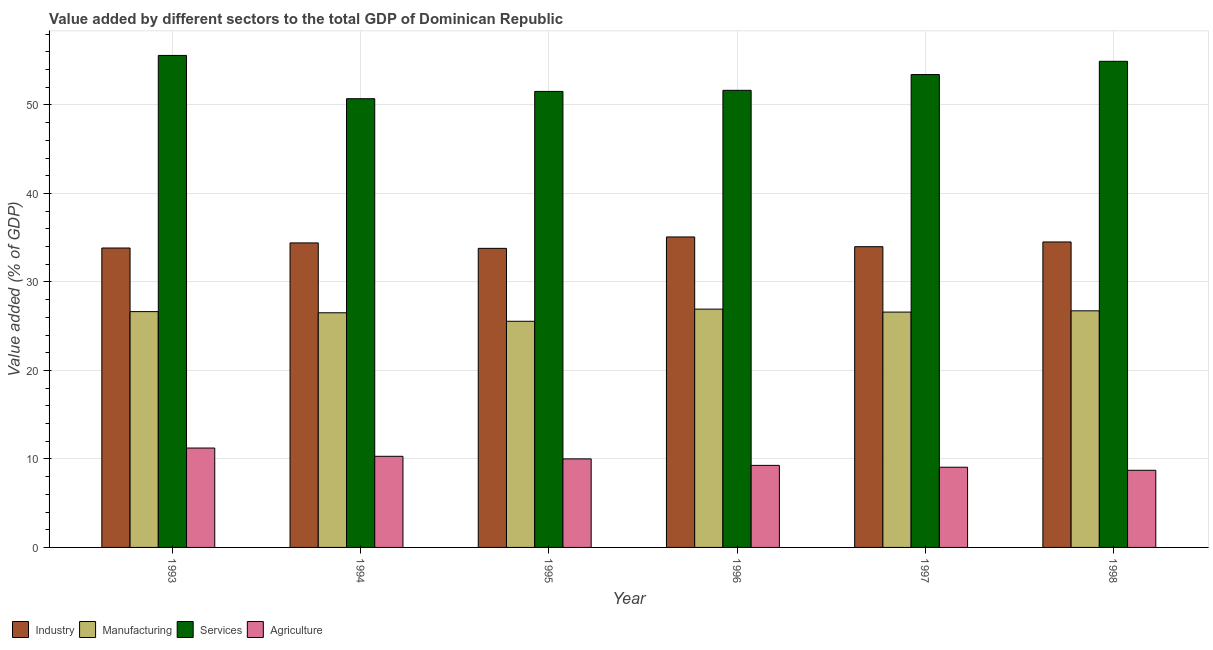
| Year | Industry | Manufacturing | Services | Agriculture |
 | --- | --- | --- | --- | --- |
 | 1993 | 33.8 | 26.6 | 55.6 | 11.2 |
 | 1994 | 34.4 | 26.5 | 50.7 | 10.3 |
 | 1995 | 33.8 | 25.6 | 51.5 | 10 |
 | 1996 | 35.1 | 26.9 | 51.7 | 9.27 |
 | 1997 | 34 | 26.6 | 53.4 | 9.06 |
 | 1998 | 34.5 | 26.7 | 54.9 | 8.72 |